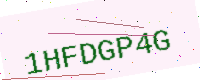
Text: 1HFDGP4G